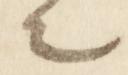
之